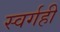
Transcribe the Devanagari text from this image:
स्वर्गही